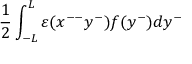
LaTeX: \frac { 1 } { 2 } \int _ { - L } ^ { L } { \varepsilon } ( x ^ { -- } y ^ { - } ) f ( y ^ { - } ) d y ^ { - }